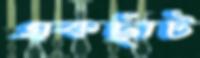
একছাঁট